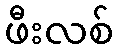
ဖီးလစ်